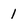
Character: 1